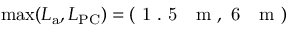
\operatorname* { m a x } ( L _ { \mathrm { a } } , L _ { \mathrm { P C } } ) = ( \mathrm { ~ 1 ~ . ~ 5 ~ ~ ~ m ~ } , \mathrm { ~ 6 ~ ~ ~ m ~ } )